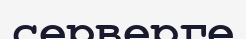
серверге